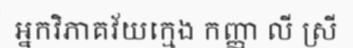
អ្នកវិភាគវ័យក្មេង កញ្ញា លី ស្រី